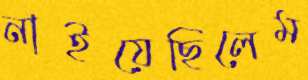
নাইয়েছিলেম